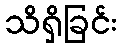
သိရှိခြင်း